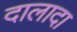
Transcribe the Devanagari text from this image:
दालादा